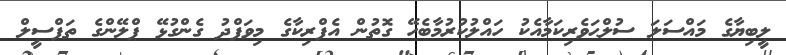
ލީބިޔާގެ މައްސަލަ ސުލްޙަވެރިކަމާއެކު ހައްލުކުރުމާބެހޭ ގޮތުން އެފްރިކާގެ މިވަފްދު ގެންގުޅޭ ޕްލޭންގެ ތަފްސީލް